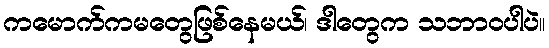
ကမောက်ကမတွေဖြစ်နေမယ်၊ ဒါတွေက သဘာဝပါပဲ။